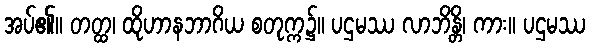
အပ်၏။ တတ္ထ၊ ထိုဟာနဘာဂိယ စတုက္က၌။ ပဌမဿ လာဘိန္တိ၊ ကား။ ပဌမဿ